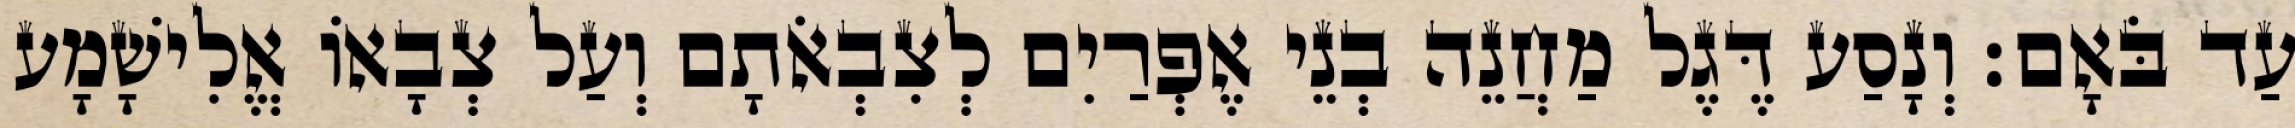
עַד בֹּאָם׃ וְנָסַע דֶּגֶל מַחֲנֵה בְנֵי אֶפְרַיִם לְצִבְאֹתָם וְעַל צְבָאוֹ אֱלִישָׁמָע